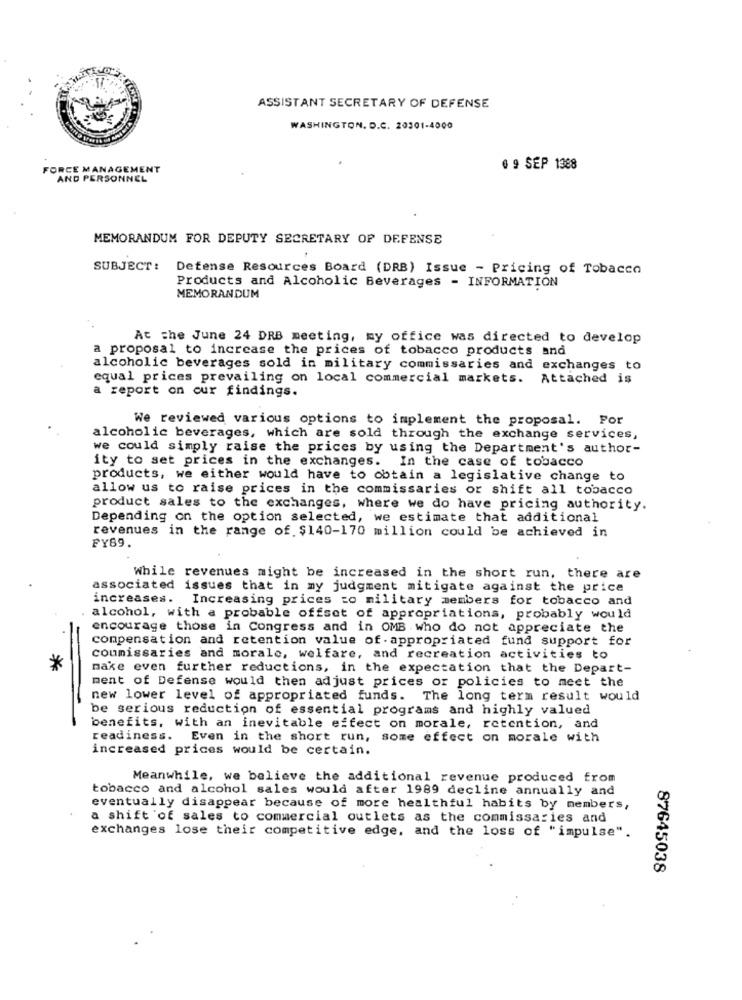
ASSISTANT SECRETARY OF DEFENSE
WASHINGTON. D.C. 20301-4000
FORCE MANAGEMENT
0 9 SEP 1388
AND PERSONNEL
MEMORANDUM FOR DEPUTY SECRETARY OF DEFENSE
SUBJECT: Defense Resources Board (DRB) Issue - Pricing of Tobacco
Products and Alcoholic Beverages - INFORMATION
MEMORANDUM
At the June 24 DRB meeting, my office was directed to develop
a proposal to increase the prices of tobacco products and
alcoholic beverages sold in military commissaries and exchanges to
equal prices prevailing on local commercial markets. Attached is
a report on our findings.
We reviewed various options to implement the proposal. Por
alcoholic beverages, which are sold through the exchange services,
we could simply raise the prices by using the Department's author-
ity to set prices in the exchanges. In the case of tobacco
products, we either would have to obtain a legislative change to
allow us to raise prices in the commissaries or shift all tobacco
product sales to the exchanges, where we do have pricing authority.
Depending on the option selected, we estimate that additional
revenues in the range of. $140-170 million could be achieved in
FY69.
While revenues might be increased in the short run, there are
associated issues that in my judgment mitigate against the price
increases. Increasing prices zo military members for tobacco and
alcohol, with a probable offset of appropriations, probably would
encourage those in Congress and in OMB who do not appreciate the
compensation and retention value of . appropriated fund support for
coumissaries and morale, welfare, and recreation activities to
*
make even further reductions, in the expectation that the Depart-
ment of Defense would then adjust prices or policies to meet the
new lower level of appropriated funds. The long term result would
be serious reduction of essential programs and highly valued
benefits, with an inevitable effect on morale, retention, and
readiness. Even in the short run, some effect on morale with
increased prices would be certain.
Meanwhile, we believe the additional revenue produced from
tobacco and alcohol sales would after 1989 decline annually and
eventually disappear because of more healthful habits by members,
a shift of sales to commercial outlets as the commissaries and
exchanges lose their competitive edge, and the loss of "impulse".
87645038